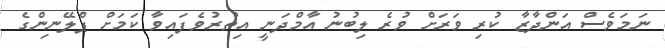
ނަމަވެސް އަންދާޒާ ކުރި ވަރަށް ވުރެ ލިބުނު އާމްދަނީ އިތުރުވެފައިވާ ކަމަށް ޕްލޭނިންގެ